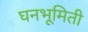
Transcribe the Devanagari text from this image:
घनभूमिती